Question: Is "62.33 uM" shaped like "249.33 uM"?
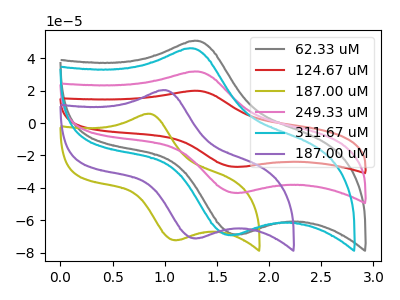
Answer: <think>The gray curve "62.33 uM" has an anodic peak at (1.30V, 50.80uA) and a cathodic peak at (1.70V, -68.75uA). The red curve "124.67 uM" has an anodic peak at (1.30V, 63.70uA) and a cathodic peak at (1.70V, -86.15uA). The olive curve "187.00 uM" has an anodic peak at (0.85V, 5.75uA) and a cathodic peak at (1.10V, -72.25uA). The pink curve "249.33 uM" has an anodic peak at (1.30V, 31.85uA) and a cathodic peak at (1.70V, -43.05uA). The cyan curve "311.67 uM" has an anodic peak at (1.25V, 46.15uA) and a cathodic peak at (1.65V, -69.10uA). The purple curve "187.00 uM" has an anodic peak at (1.00V, 20.30uA) and a cathodic peak at (1.30V, -71.15uA).
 All the peaks in "62.33 uM" have a peak in "249.33 uM" at the same potential. Every peak in "62.33 uM" is higher than every peak in "249.33 uM".</think>
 <answer>"62.33 uM" and "249.33 uM" are similar in shape.</answer>
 <eval>same_shape</eval>